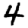
Digit: 4